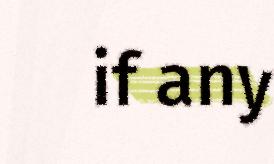
if any